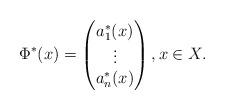
LaTeX: \begin{align*} \Phi^*(x) = \begin{pmatrix} a^*_1(x)\\ \vdots \\ a^*_n(x) \end{pmatrix},x \in X.\end{align*}